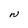
Character: N